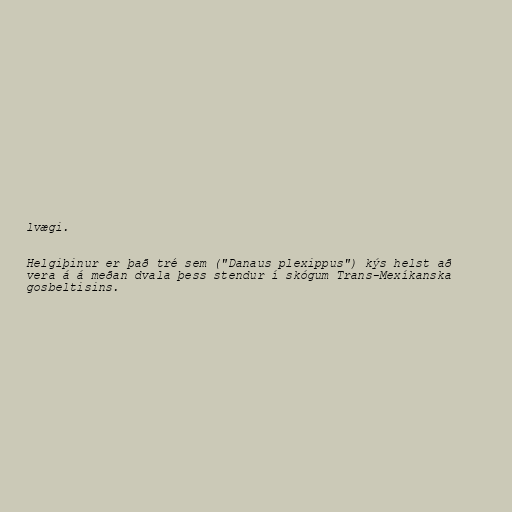
lvægi.

Helgiþinur er það tré sem ("Danaus plexippus") kýs helst að
vera á á meðan dvala þess stendur í skógum Trans-Mexíkanska
gosbeltisins.